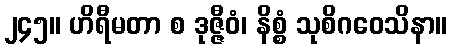
၂၄၅။ ဟိရီမတာ စ ဒုဇ္ဇီဝံ၊ နိစ္စံ သုစိဂဝေသိနာ။